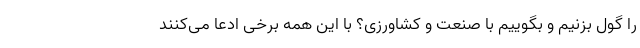
را گول بزنیم و بگوییم با صنعت و کشاورزی؟ با این همه برخی ادعا می‌کنند